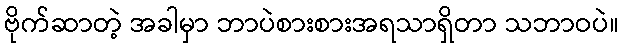
ဗိုက်ဆာတဲ့ အခါမှာ ဘာပဲစားစားအရသာရှိတာ သဘာဝပဲ။